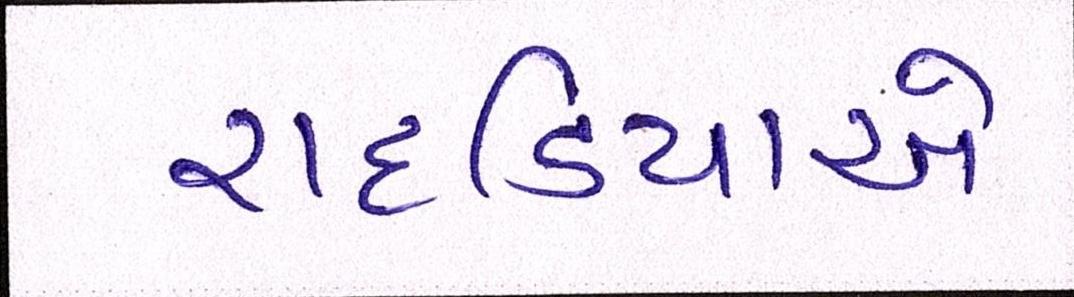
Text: રાદડિયાએ